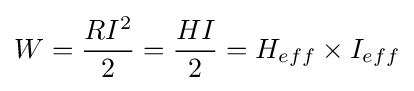
W={\frac {RI^{2}}{2}}={\frac {HI}{2}}=H_{eff}\times I_{eff}